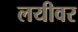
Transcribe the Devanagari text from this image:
लयीवर